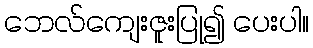
ဘေလ်ကျေးဇူးပြု၍ ပေးပါ။